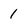
Character: 1